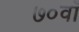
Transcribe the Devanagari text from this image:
७०वाँ